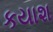
કયાશ